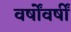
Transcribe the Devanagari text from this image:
वर्षोंवर्षीं